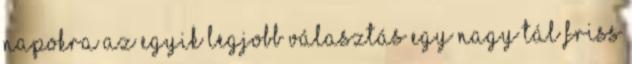
napokra az egyik legjobb választás egy nagy tál friss